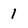
Character: 1